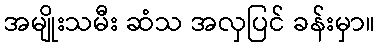
အမျိုးသမီး ဆံသ အလှပြင် ခန်းမှာ။